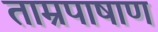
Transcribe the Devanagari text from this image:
ताम्रपाषाण